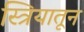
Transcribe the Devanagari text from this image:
स्त्रियातून